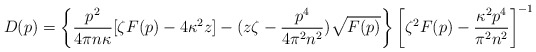
\begin{align*}D(p)=\left\{\frac{p^2}{4\pi n\kappa}[\zeta F(p)-4\kappa^2z]-(z\zeta-\frac{p^4}{4\pi^2 n^2})\sqrt{F(p)}\right\}\left[\zeta^2F(p)-\frac{\kappa^2 p^4}{\pi^2 n^2}\right]^{-1}\end{align*}